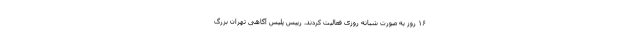
۱۶ روز به صورت شبانه روزی فعالیت کردند. رییس پلیس آگاهی تهران بزرگ